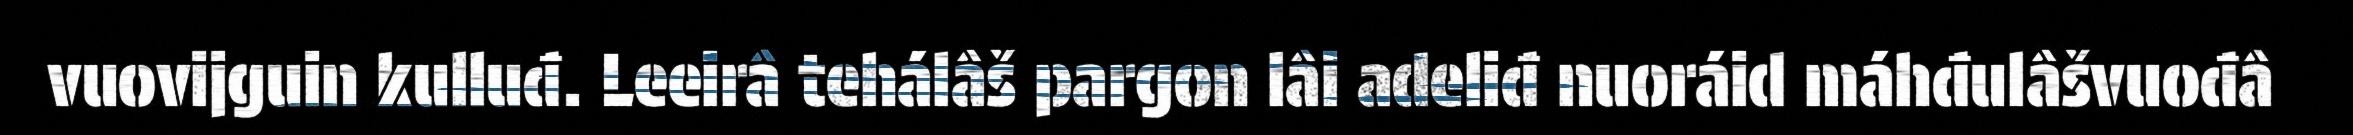
vuovijguin kulluđ. Leeirâ tehálâš pargon lâi adeliđ nuoráid máhđulâšvuođâ